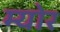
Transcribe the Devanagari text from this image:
म्‍योर